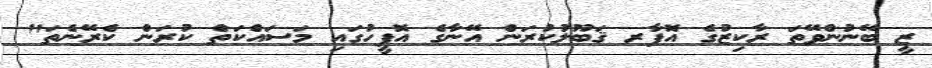
ޒީ ބޭނުންވޭތަ ރާކިޒުގެ އޮފާރ ޤަބޫލުކުރަން އޭނާގެ އޮފީހުގައި މަސައްކަތް ކުރަން ކެރޭނެތަ"